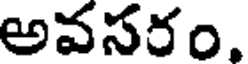
అవసరం.